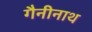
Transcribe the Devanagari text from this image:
गैनीनाथ